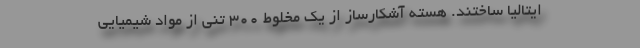
ایتالیا ساختند. هسته آشکارساز از یک مخلوط ۳۰۰ تنی از مواد شیمیایی